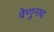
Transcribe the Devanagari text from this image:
वेणुनाद